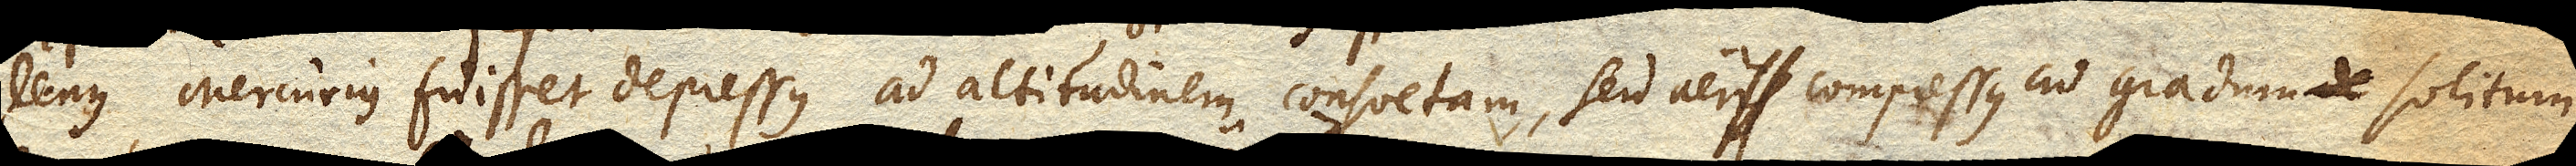
plenus, Mercurius fuisset depressus ad altitudinem consuetam, seu aer compressus ad gradum solitum